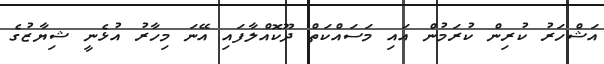
އަޝްހަރު ކުރިން ކުރަމުން އައި މަސައްކަތް ދޫކޮއްލާފައި އޭނަ މިހާރު އުޅެނީ ޝިޔާޒުގެ